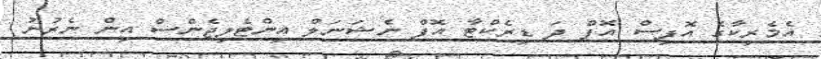
އެމެރިކާގެ އޮފިސް އޮފް ދަ ޑިރެކްޓާ އޮފް ނެޝަނަލް އިންޓެލިޖެންސް އިން ނެރުނު